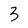
Character: 3